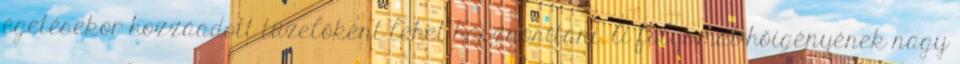
égetésekor hozzáadott tüzelőként lehet hasznosítani. A folyamat hőigényének nagy